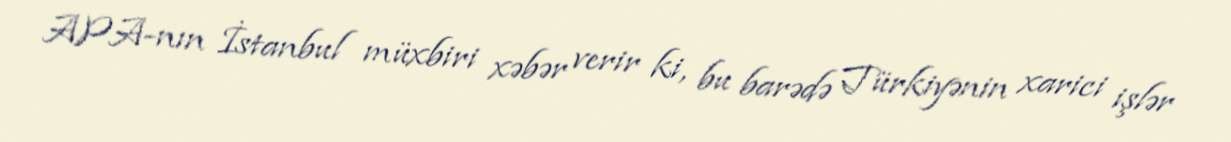
APA-nın İstanbul müxbiri xəbər verir ki, bu barədə Türkiyənin xarici işlər